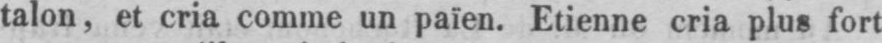
talon, et cria comme un païen. Etienne cria plus fort